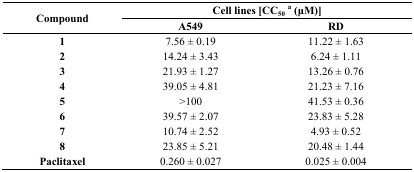
| <ROWSPAN=2> Compound | <COLSPAN=2> Cell lines [CC50a (μM)] |
 | A549 | RD |
 | --- | --- | --- |
 | 1 | 7.56 ± 0.19 | 11.22 ± 1.63 |
 | 2 | 14.24 ± 3.43 | 6.24 ± 1.11 |
 | 3 | 21.93 ± 1.27 | 13.26 ± 0.76 |
 | 4 | 39.05 ± 4.81 | 21.23 ± 7.16 |
 | 5 | >100 | 41.53 ± 0.36 |
 | 6 | 39.57 ± 2.07 | 23.83 ± 5.28 |
 | 7 | 10.74 ± 2.52 | 4.93 ± 0.52 |
 | 8 | 23.85 ± 5.21 | 20.48 ± 1.44 |
 | Paclitaxel | 0.260 ± 0.027 | 0.025 ± 0.004 |